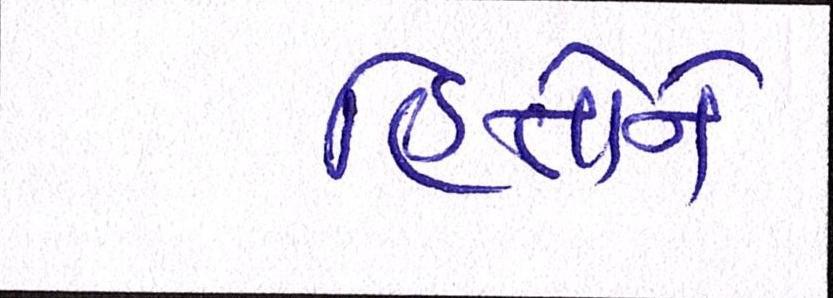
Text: હિતોને